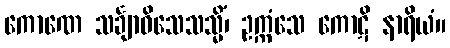
ကောဏေ သင်္ချာဝိသေသသ္မိံ၊ ဥက္ကံသေ ကောဋိ နာရိယံ။